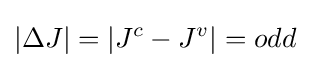
|\Delta J|=|J^{c}-J^{v}|=odd